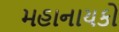
મહાનાયકો